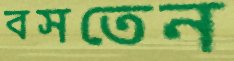
বসতেন